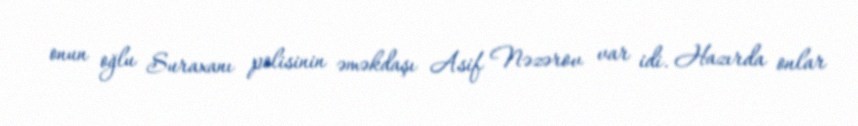
onun oğlu Suraxanı polisinin əməkdaşı Asif Nəzərov var idi. Hazırda onlar